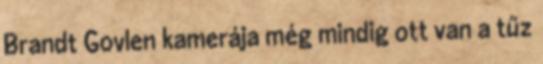
Brandt Govlen kamerája még mindig ott van a tűz